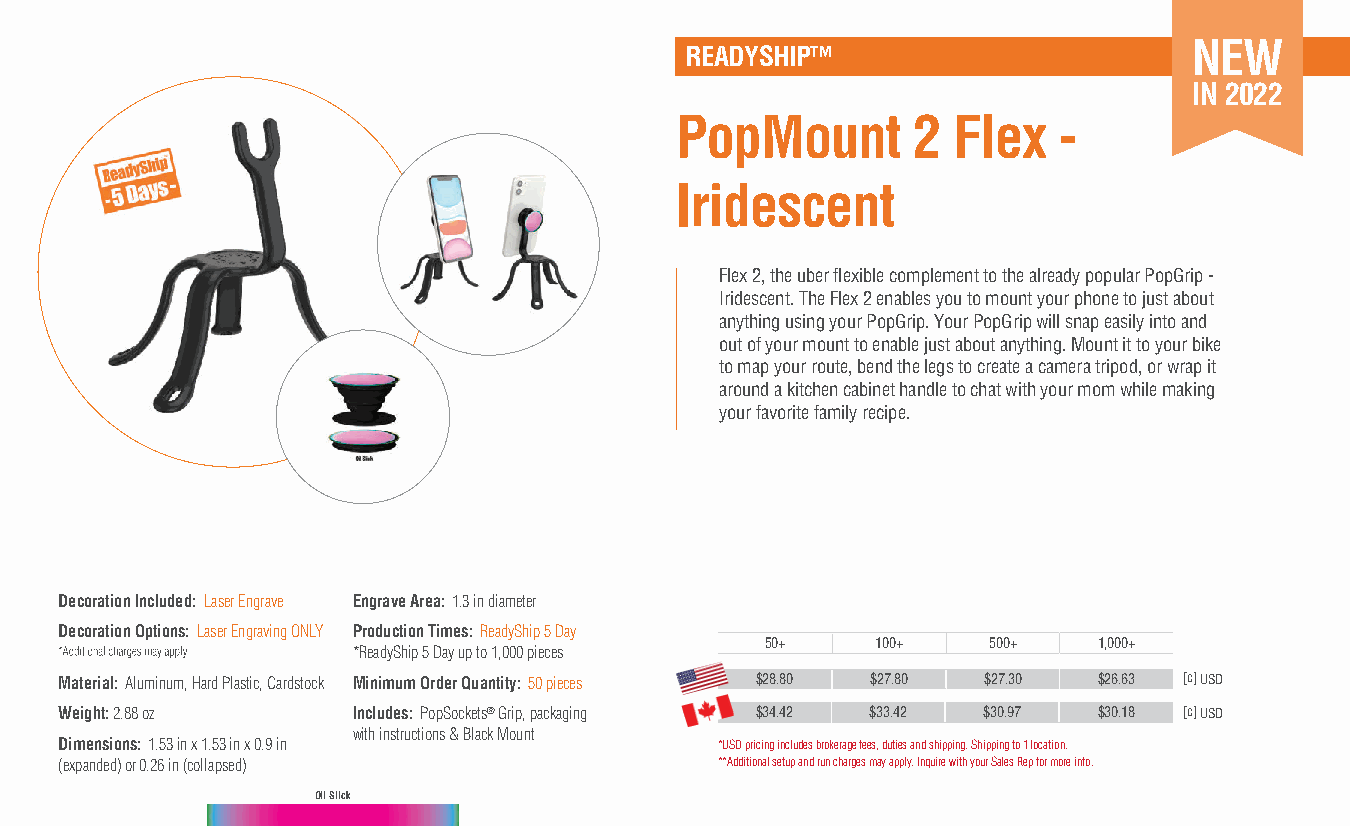
NEW
 READYSHIP™
 IN 2022
 PopMount       2  Flex   -
 Iridescent
 Flex 2, the uber fl exible complement to the already popular PopGrip -
 Iridescent. The Flex 2 enables you to mount your phone to just about
 anything using your PopGrip. Your PopGrip will snap easily into and
 out of your mount to enable just about anything. Mount it to your bike
 to map your route, bend the legs to create a camera tripod, or wrap it
 around a kitchen cabinet handle to chat with your mom while making
 your favorite family recipe.
 Decoration Included: Laser Engrave Engrave Area: 1.3 in diameter
 Decoration Options: Laser Engraving ONLY Production Times: ReadyShip 5 Day
 50+    100+   500+    1,000+
 *ReadyShip 5 Day up to 1,000 pieces
 Material: Aluminum, Hard Plastic, Cardstock Minimum Order Quantity: 50 pieces $28.80 $27.80 $27.30 $26.63 [c] USD
 Weight: 2.88 oz    Includes: PopSockets® Grip, packaging $34.42 $33.42 $30.97 $30.18 [c] USD
 with instructions & Black Mount
 Dimensions: 1.53 in x 1.53 in x 0.9 in      *USD pricing includes brokerage fees, duties and shipping. Shipping to 1 location.
 (expanded) or 0.26 in (collapsed)           **Additional setup and run charges may apply. Inquire with your Sales Rep for more info.
 Oil Slick